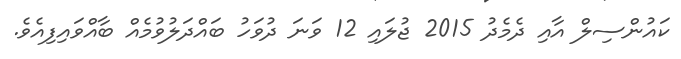
ކައުންސިލް އާއި ދެމެދު 2015 ޖުލައި 12 ވަނަ ދުވަހު ބައްދަލުވުމެއް ބާއްވައިފިއެވެ.